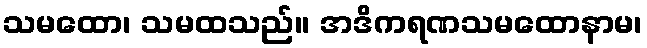
သမထော၊ သမထသည်။ အဒိကရဏသမထောနာမ၊